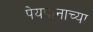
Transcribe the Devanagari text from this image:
पेयपानाच्या